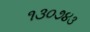
૧૩૦૭૪૩